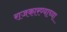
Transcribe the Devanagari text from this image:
राजकारण्याच्या